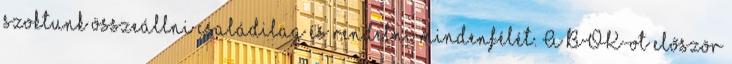
szoktunk összeállni családilag és rendelni mindenfélét. A BOK-ot először